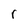
Character: r